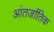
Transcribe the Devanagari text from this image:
आंतर्जातिक